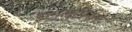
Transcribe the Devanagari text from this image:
इंट्रालुमिनल